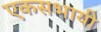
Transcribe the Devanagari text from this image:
एकसभायी